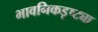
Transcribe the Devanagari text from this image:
भावनिकडृष्ट्या